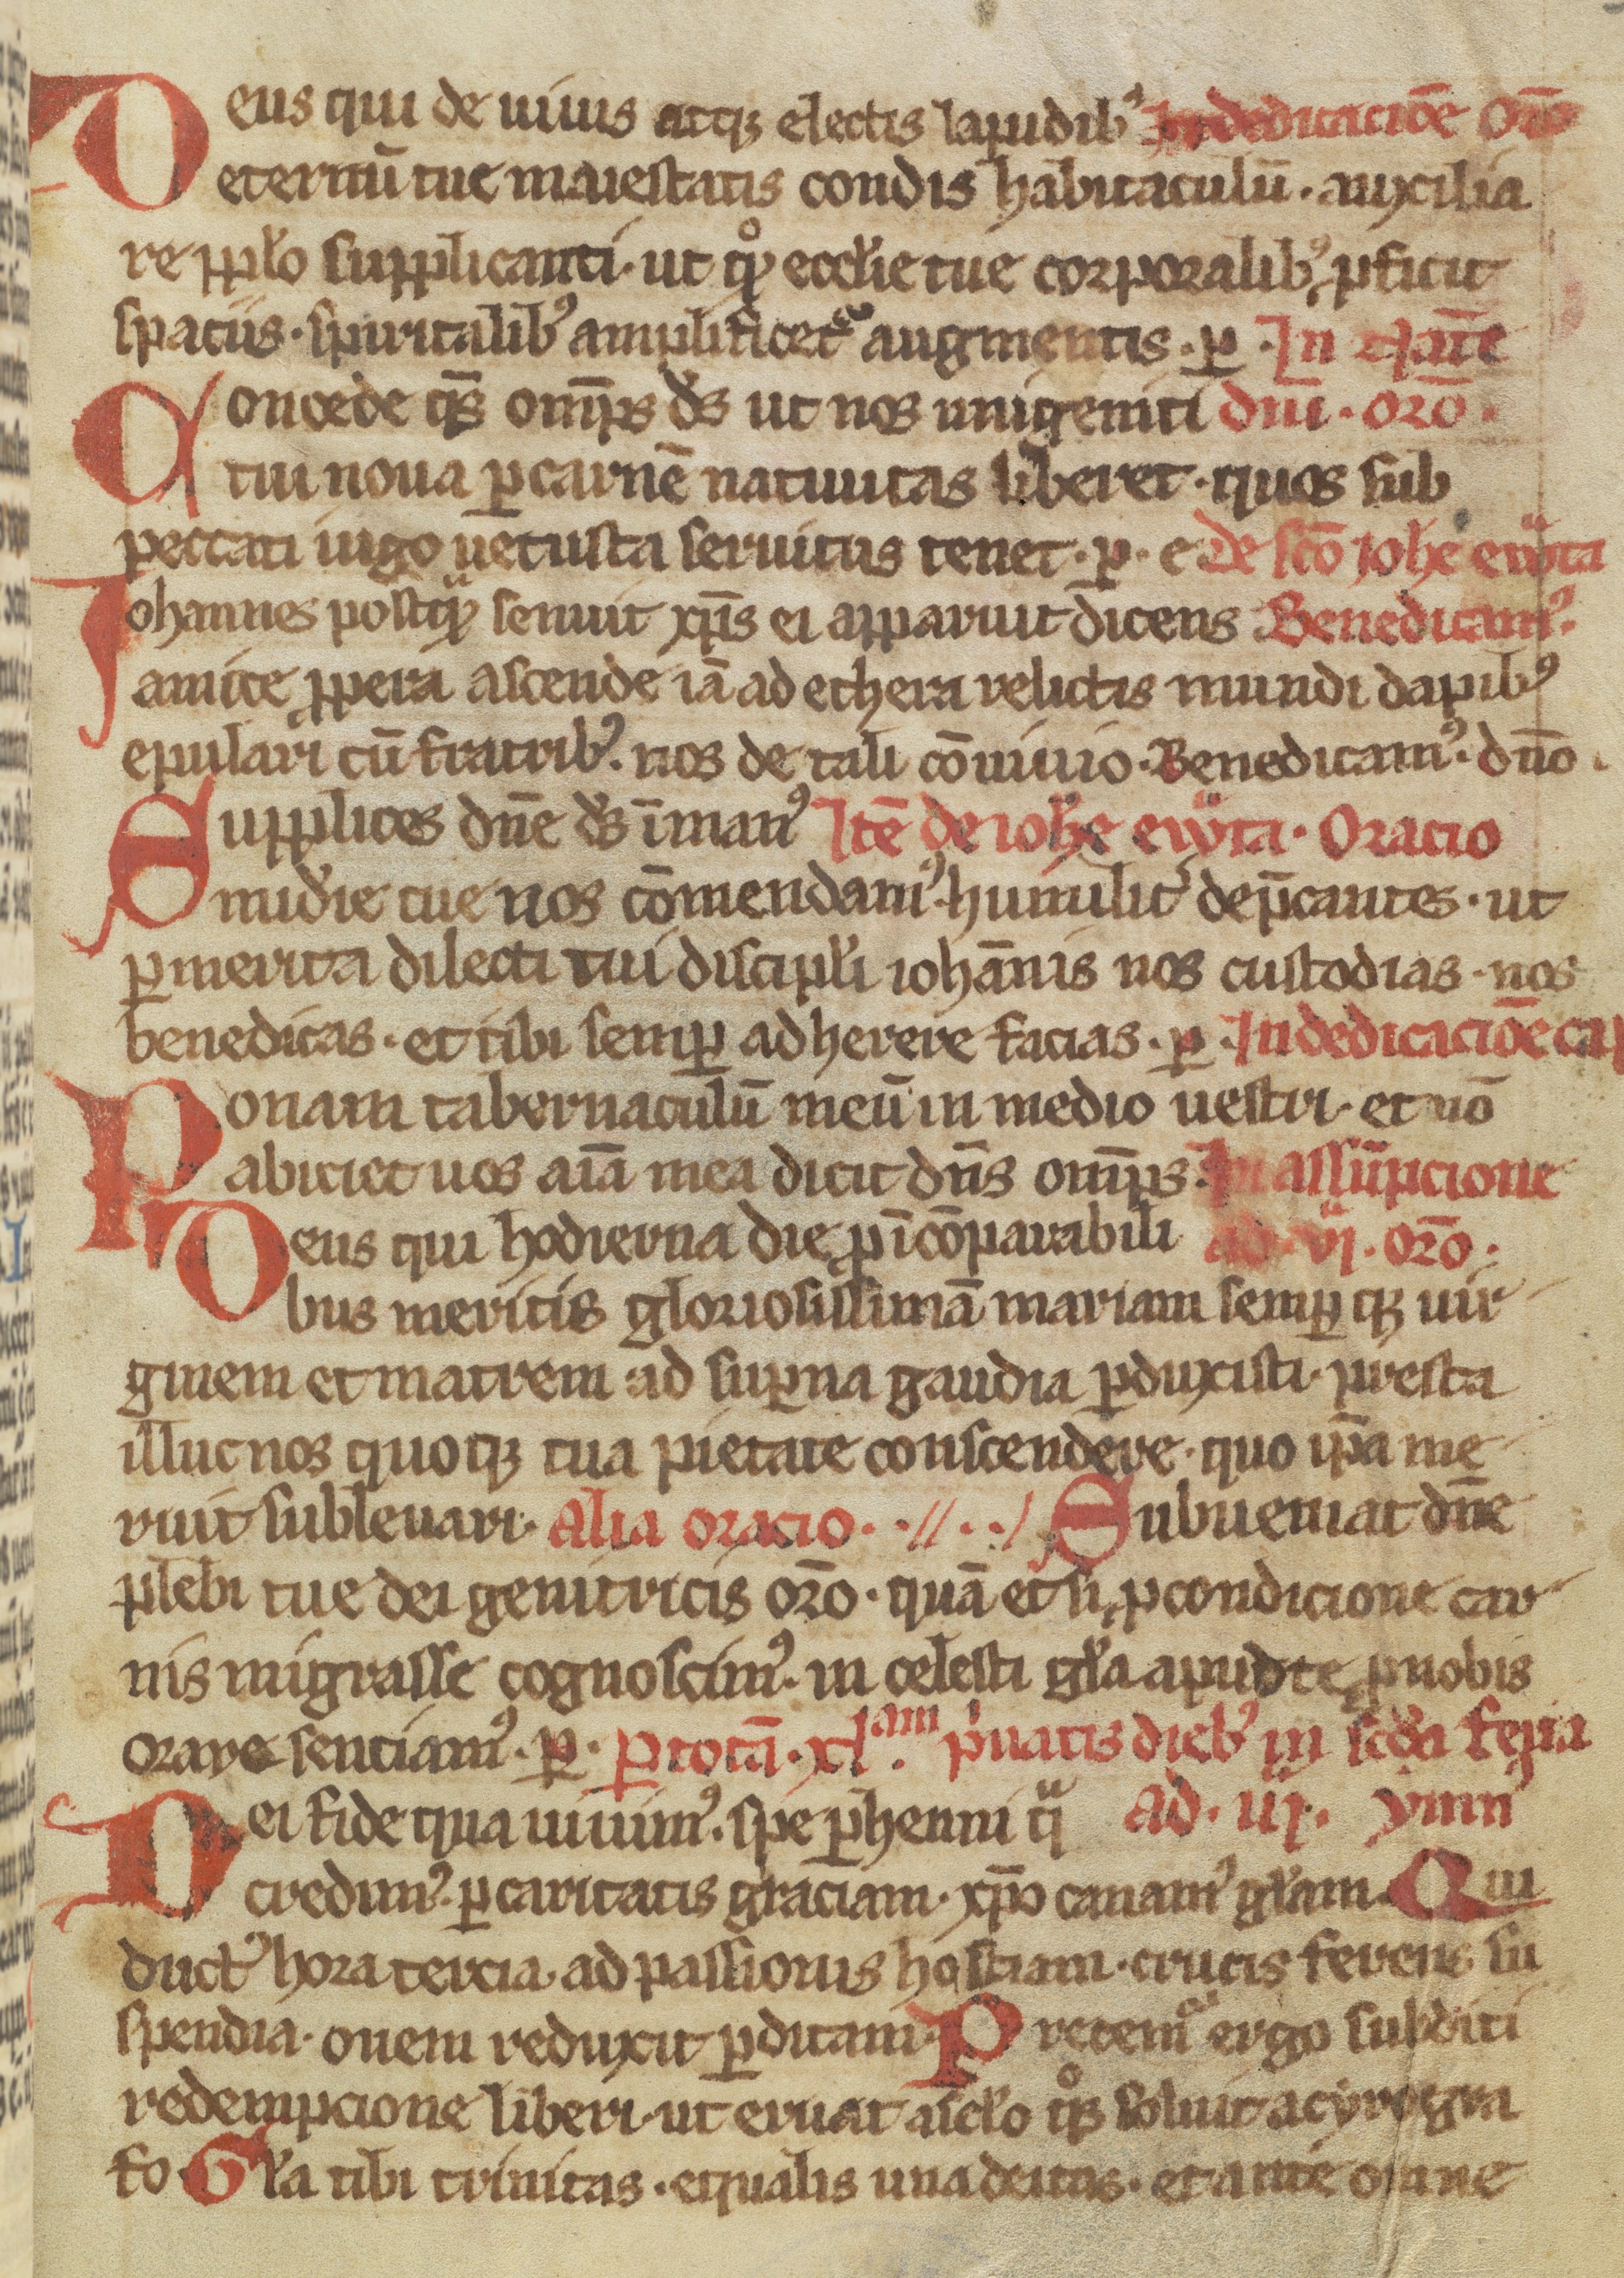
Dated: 1350–1399